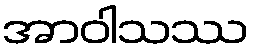
အာဝါသဿ